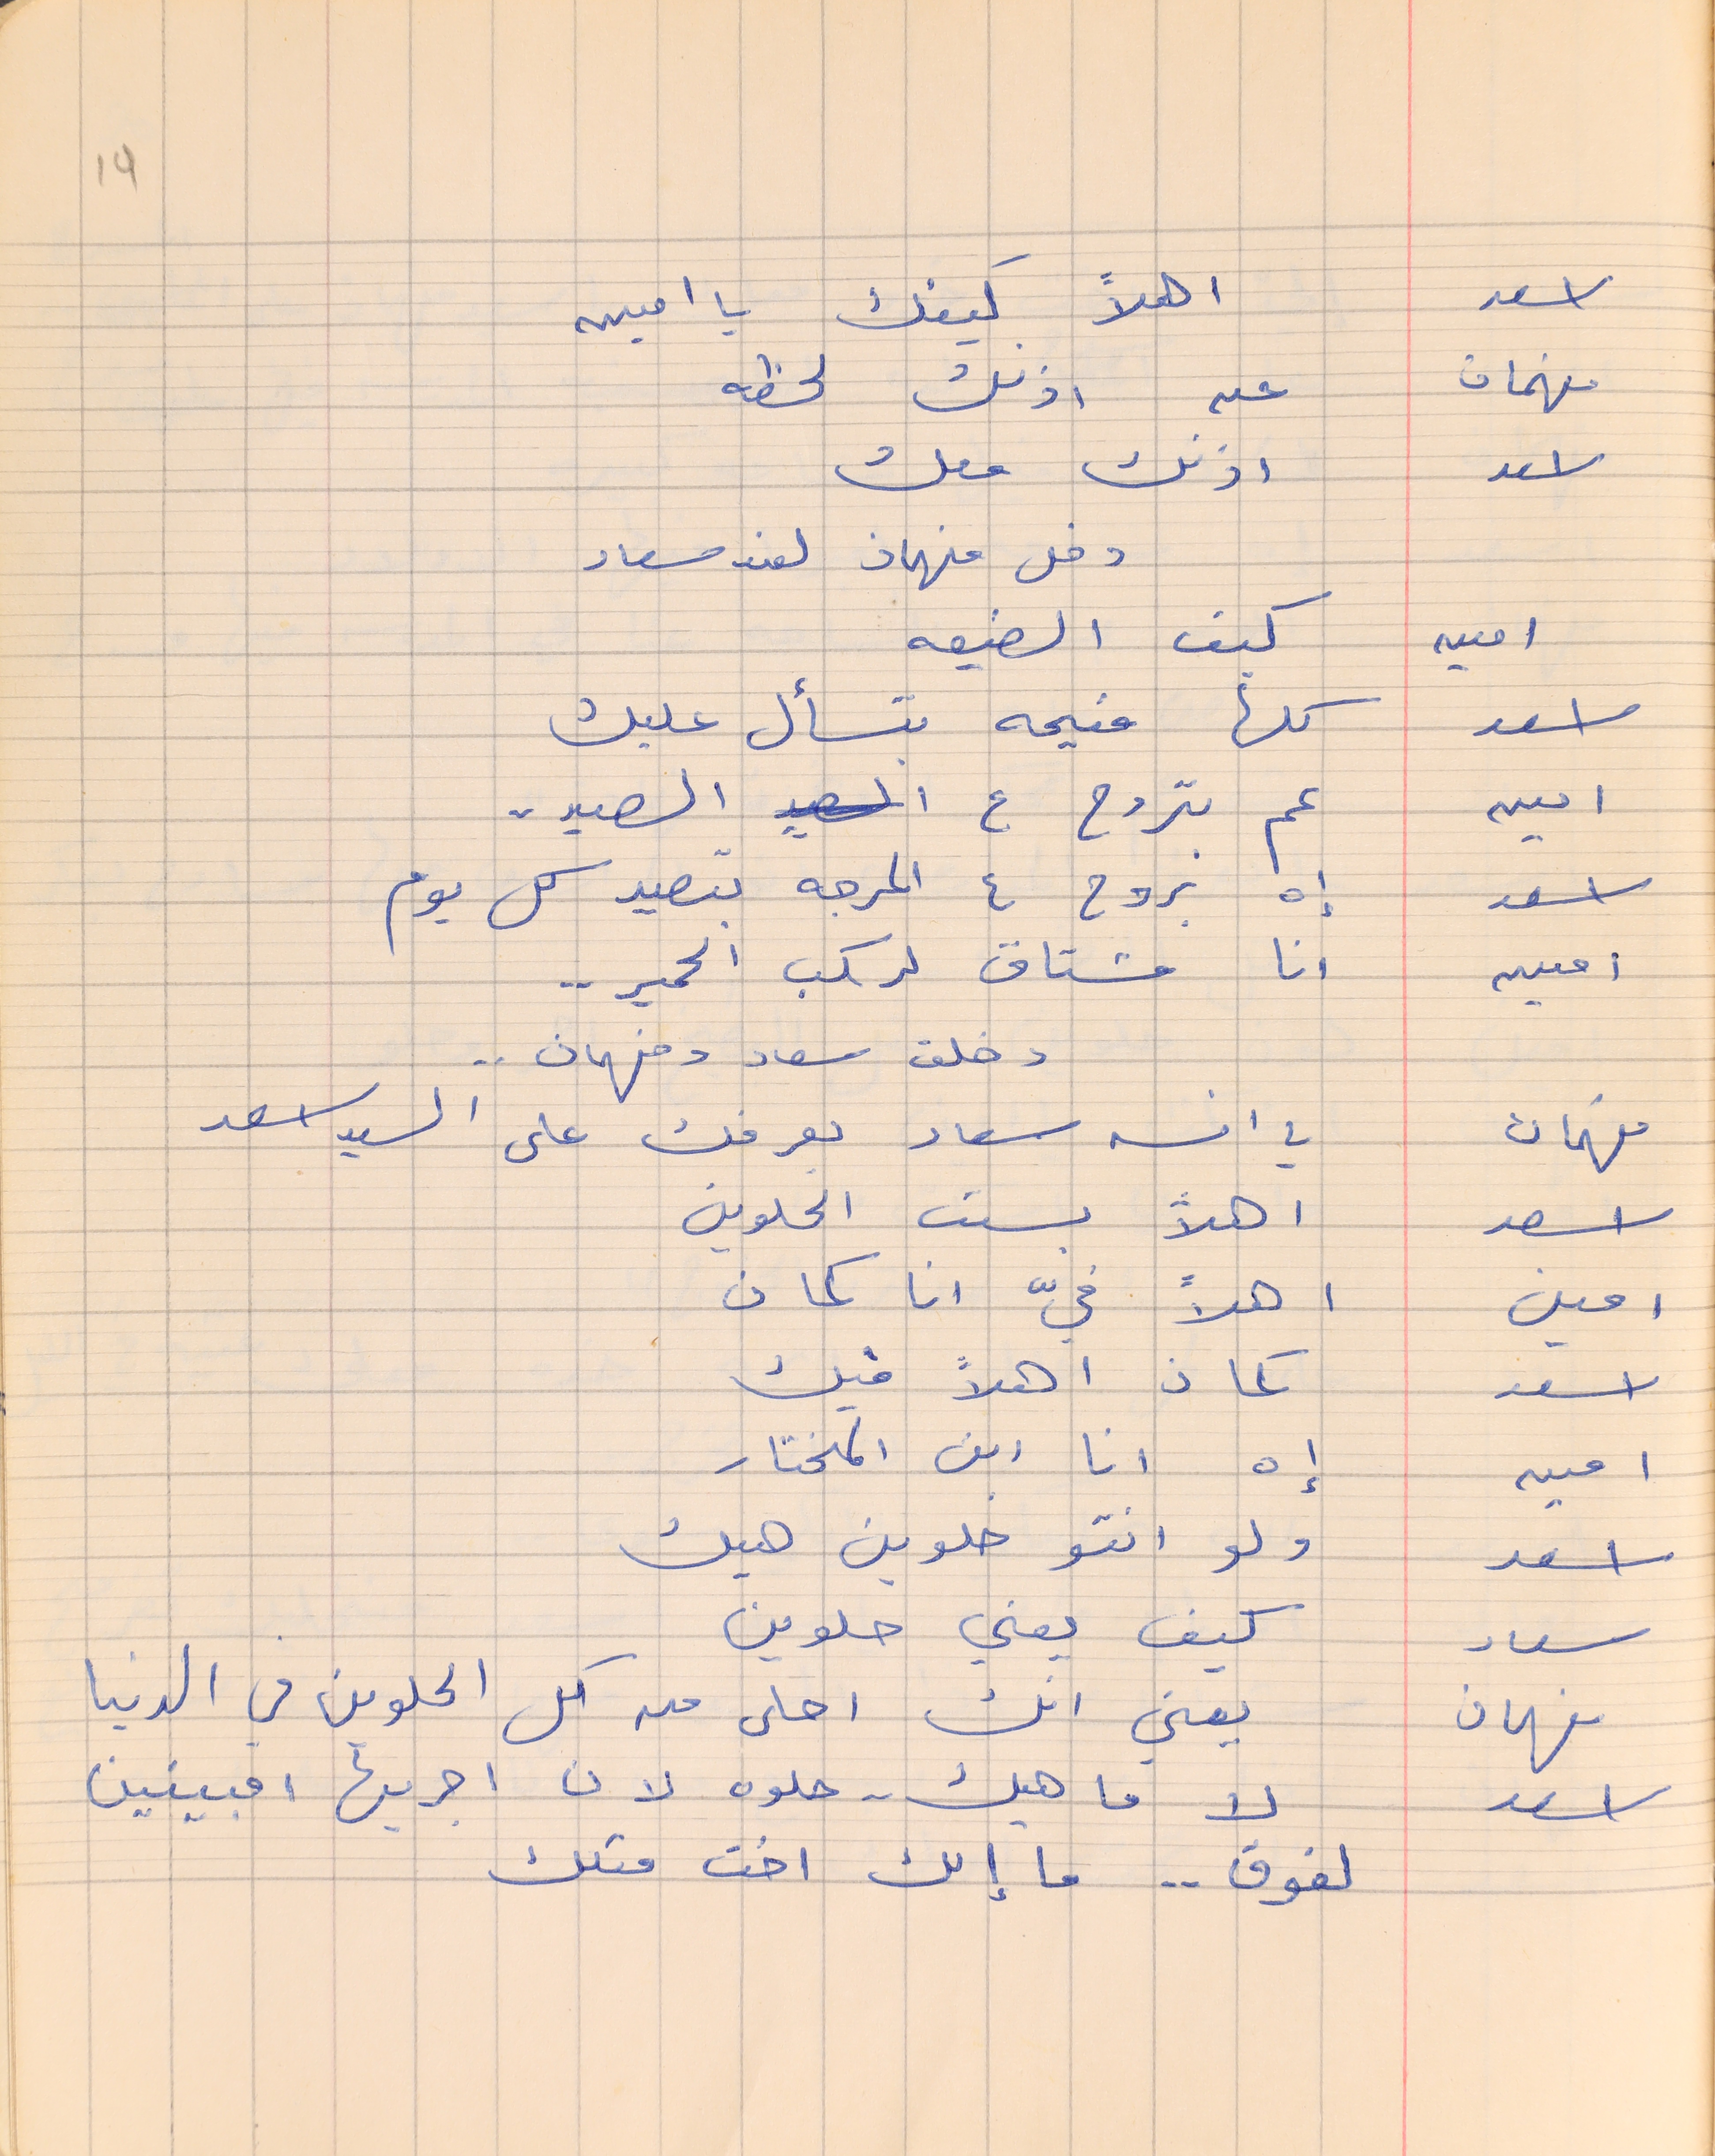
اسعد      اهلاً كيفك يا امين
فهمان     عن اذنك لحظه
اسعد      اذنك معك
دخل فهمان لعند سعاد
امين     كيف الضيعه
اسعد        كلها منيحه بتسأل عليك
امين        عم بتروح ع الصيد .
اسعد        إه بروح ع المرجه بتصيد كل يوم
امين        انا مشتاق لركب الحمير . .
 دخلت سعاد وفهمان . .
فهمان        يا انسه سعاد بعرفك على السيد اسعد
اسعد        اهلاً بست الحلوين
امين         اهلاً فيّ انا كمان
اسعد      كمان اهلاً فيك
امين       إه انا ابن المختار
اسعد       ولو انتو حلوين هيك
سعاد       كيف يعني حلوين
فهمان       يعني انك احلى من كل الحلوين في الدنيا
اسعد         لا ما هيك . . حلوه لان اجريها امبينين
لفوق . . ما إلك اخت متلك
19